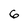
Character: 6